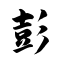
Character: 彭